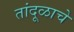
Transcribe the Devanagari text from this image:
तांदूळाचे